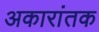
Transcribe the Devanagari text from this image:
अकारांतक